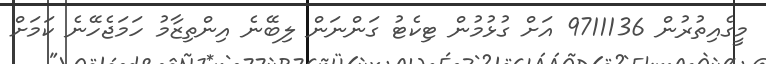
މީގެއިތުރުން 9711136 އަށް ގުޅުމުން ޓިކެޓު ގަންނަން ލިބޭނެ އިންތިޒާމު ހަމަޖެހޭނެ ކަމަށް